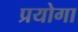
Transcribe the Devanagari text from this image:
प्रयोगा